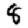
Digit: 8